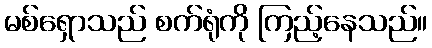
မစ်ရှောသည် စက်ရုံကို ကြည့်နေသည်။